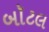
બૉટલ